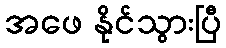
အဖေ နိုင်သွားပြီ